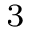
^ 3